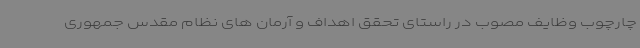
چارچوب وظایف مصوب در راستای تحقق اهداف و آرمان های نظام مقدس جمهوری